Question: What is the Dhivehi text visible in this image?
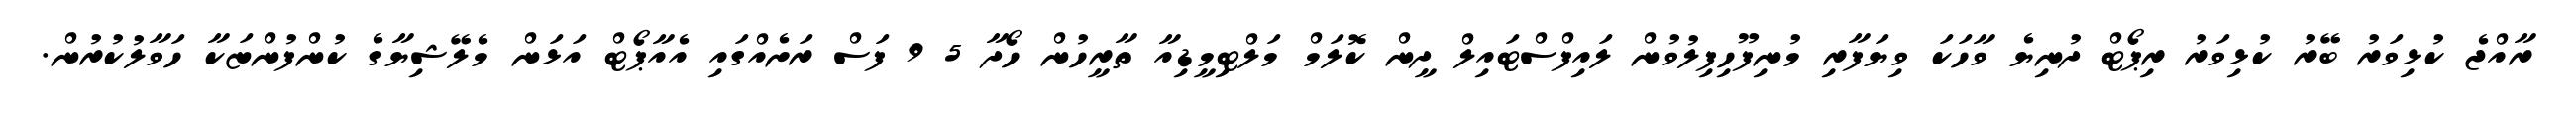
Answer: ރާއްޖެ ކުޅިވަރު ބޭރު ކުޅިވަރު ރިޕޯޓް ދުނިޔެ ވާހަކަ ވިޔަފާރި މުނިފޫހިފިލުވުން ލައިފްސްޓައިލް ދީން ކޮލަމް މަލްޓިމީޑިއާ ތާރީހުން ހޯދާ 5 9 ފަސް ރަށެއްގައި އެއާޕޯޓް އަޅަން މެލޭޝިޔާގެ ކުންފުންޏަކާ ހަވާލުކުރުން.